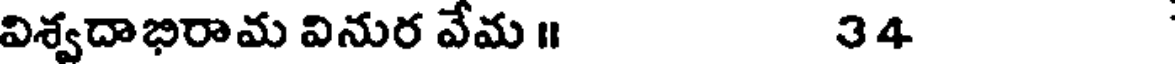
విశ్వదాభిరామ వినుర వేమ ॥ 34